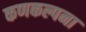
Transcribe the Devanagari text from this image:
कणकल्पना